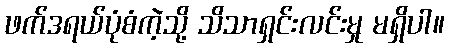
ဖက်ဒရယ်ပုံစံကဲ့သို့ သိသာရှင်းလင်းမှု မရှိပါ။